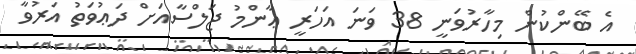
އެ ބޭންކުން މިހާރުވަނީ 38 ވަނަ އަހަރީ ޢާންމު ޖަލްސާއަށް ދަޢުވަތު އަރުވާ